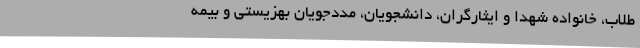
طلاب، خانواده شهدا و ایثارگران، دانشجویان، مددجویان بهزیستی و بیمه